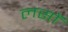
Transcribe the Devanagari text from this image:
लसों